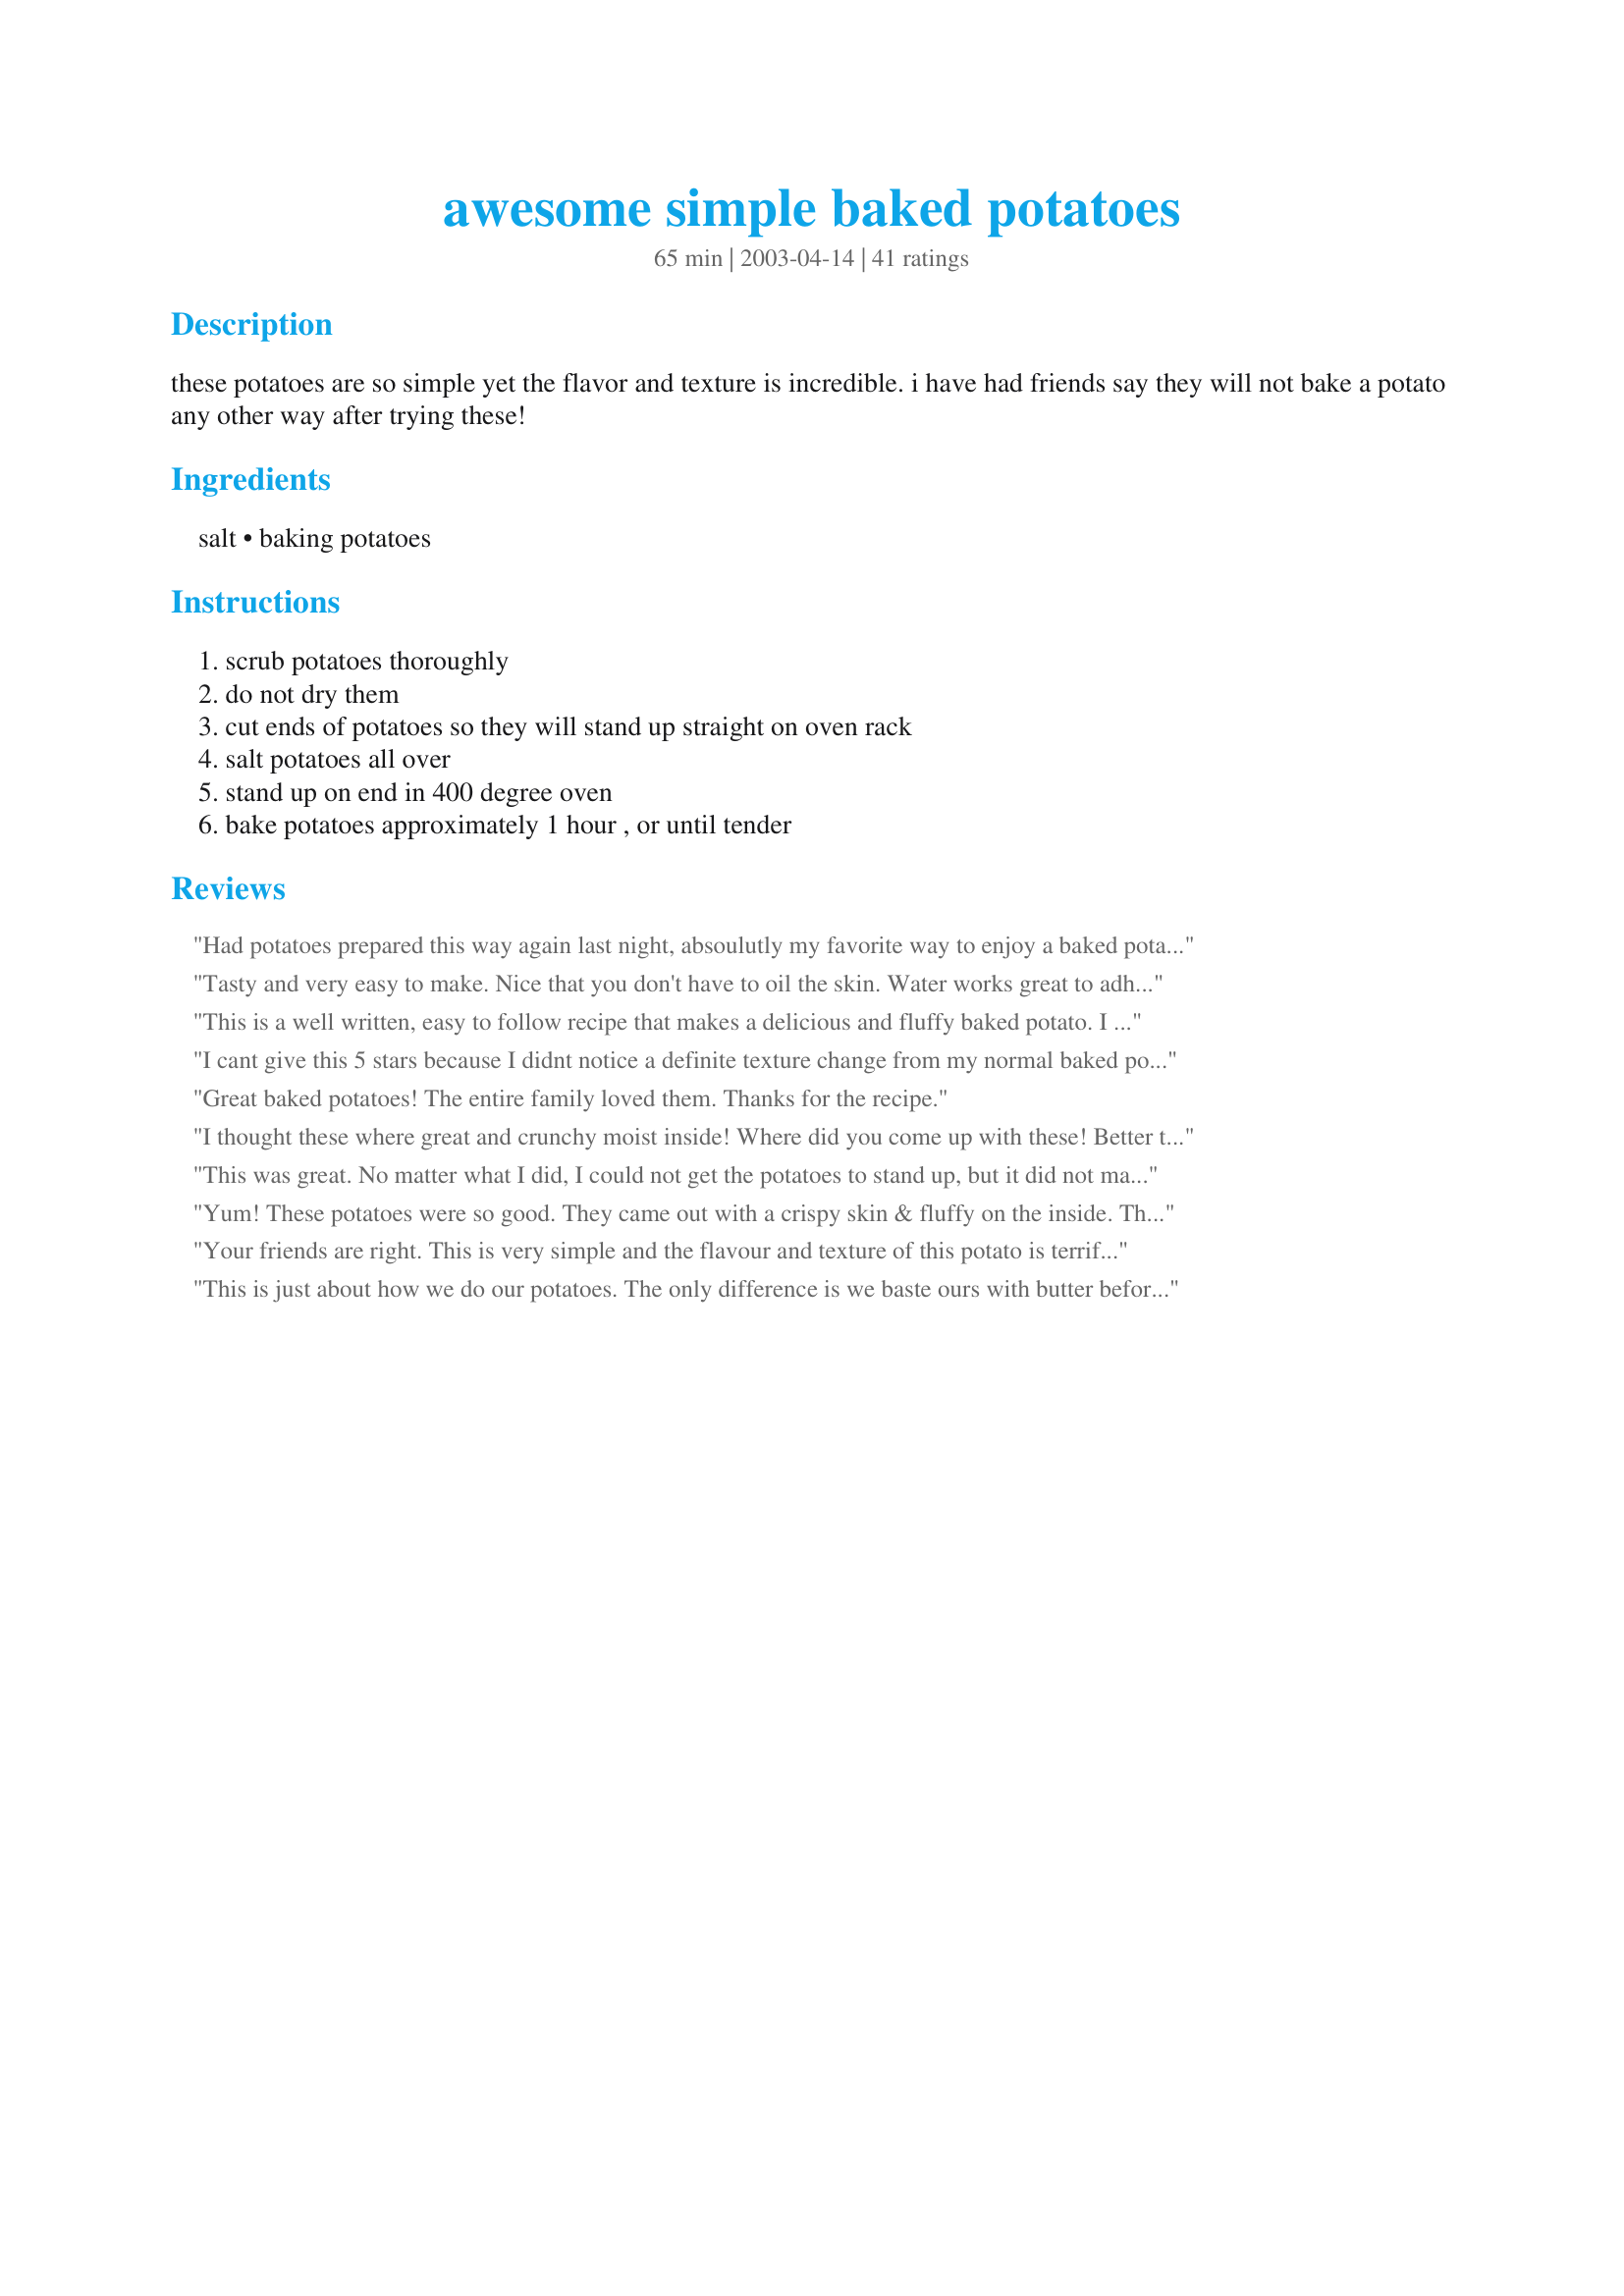
awesome simple baked potatoes
Preparation time: 65 minutes

these potatoes are so simple yet the flavor and texture is incredible. i have had friends say they will not bake a potato any other way after trying these!

Ingredients:
salt, baking potatoes

Steps:
scrub potatoes thoroughly, do not dry them, cut ends of potatoes so they will stand up straight on oven rack, salt potatoes all over, stand up on end in 400 degree oven, bake potatoes approximately 1 hour , or until tender

Reviews:
Had potatoes prepared this way again last night, absoulutly my favorite way to enjoy a baked potato! Thanks for posting this fab recipe!!!
Tasty and very easy to make. Nice that you don't have to oil the skin. Water works great to adhere the salt.
This is a well written, easy to follow recipe that makes a delicious and fluffy baked potato. I served it with baked potato topping recipe #63887 and a big salad. This was excellent and no trouble at all so I will be making this over and over. Thanks for sharing your recipe with us wildhorse!
I cant give this 5 stars because I didnt notice a definite texture change from my normal baked potatoes. I used what I thought were medium baking potatoes and they all stood up beautifully on my oven rack. Then when I went to pull them out they were all laying down. I was a little bit disappointed at that and will try to make them again using larger potatoes and watching them more carefully. Nevertheless, a great tasting potato. I look forward to trying again, hopefully with different results. Thanks, Wildhorse!
Great baked potatoes! The entire family loved them. Thanks for the recipe.
I thought these where 
great and crunchy moist inside! Where did you come up with these! Better than the ones that we've been eating in foil forever! I didn't think they were salty,maybe most of the salt fell off! I'll be making these from now on.Thanks!
This was great. No matter what I did, I could not get the potatoes to stand up, but it did not matter--these are some fantastic, restaurant quality potatoes. Thanks, wildhorse.
Yum! These potatoes were so good. They came out with a crispy skin & fluffy on the inside. This is the way I'll be making baked potatoes from now on. Thanks.
Your friends are right. This is very simple and the flavour and texture of this potato is terrific. I love a crusty, crunchy outter skin and this filled the bill. The salty taste just enhanced the veggie. Thanks for posting wildhorse.
This is just about how we do our potatoes. The only difference is we baste ours with butter before adding the salt. We've also used kosher with great results. I receive compliments every time these our served.
I have made these a couple of times now, and they are fantastic! It's so simple to just pop them in the oven and come back and hour later to perfect baked potatoes! I made a couple for my husband while he was sick and he really liked them. Thanks!
We use this way all the time now.
These potatoes have come out perfectly several times now! I too like using sea salt. This will definitely be my way of baking potatoes from now on. Thanks!
Skeptical? Yes, but I'm a believer now! My family thought those taters looked mighty strange standing at attention like that in the oven, but the first fluffy bite sold them on the method. They even ate the skins this time with the salty crust. Perfection! Thanks wildhorse.
Very easy to make and my family liked them very much. Thanks for the recipe, wildhorse!
Awesome is it! So crisp on the outside, light and fluffy on the inside! Yet so simple! Thank you!
Wow! These tasted just like the potatoes from the Keg Restaurant - amazing! They were very easy to make and very tasty - this is how I will make my baked potatoes from now on.
I loved these potatoes! My kids don't eat the skins, so I cut off the skins with some potato left and made them into potato skins! The best potato skins I've ever made! Thank you!!!
Okay, now I'm going to have to try roasting potatoes without standing them up and salting them to compare because it's been FOREVER since I've done baked potatoes without butter and foil. These were really good -- and so maybe I won't bother messing with a good thing!!
You could just rub the salt off the potatoes before serving. I do that because I always eat the skins.
Nice and soft. Not too special and had somewhat of a difficult time standing them up.
These were great. Who knew that the secret to a great baked potato was to stand it on it's end. This will be the only way I do baked potatoes from now on. Thanks.
Very interesting method. Potatoes ended up tender and delicious. I used Kosher salt. Will bake my potatoes like this from now on!! Thanks for the keeper wildhorse!
These were tasty baked potatoes, but I didn't find them that different than a 'regular' potato baked at high heat. They were slightly too salty for me but I used an unsalted butter inside and it sort of balanced out. I really liked the texture of the potato- far superior to one prepared in the microwave. Thanks!
Sold! I will never make baked potatoes another way. I always eat the skin and this was the best skin and the fluffiest potatoe! Thanks!
A very easy and tasty way to make a baked potato. This is my third time making potatoes this way... I couldn't believe I had not reviewed the recipe until now! I will never bake a potato any other way now. The salt crisps up the skin beautifully and adds just the right amount of saltiness if you eat it with the yummy fluffy potato!!! Thanks so much for sharing!
I used freshly ground sea salt over the potatoes. These were absolutely perfect! The only way I'll bake potatoes from now on! Thanks so much for posting!
I love oven baked potatoes, they are so much more flaverful then microwaved ones. I tried this, but preferred my usual oven baked way (rub skins with oil, then bake) because I am one who likes to also eat the skins, and the excess salt on the skins with this recipe made that not an option. I think the Keg rolls the skins in parmesan when they take them out of oven.
But if you don't eat the skins this would work for you.
Fantastic! Tried this for the first time last night for friends visiting from out of town - and those potato lovers were not disappointed! No one left a bit of potato on their plate, not even the kids - ate skins & all. De-Lish! I used huge russet bakers, rubbed with some olive oil & sprinkled a little sea salt, baked as directed and they were perfect. Coming from a person who has only used those microwave bakers, this is saying a lot!
I have had this recipe saved to try for a while, and finally got around to it last night. Made it with Recipe #111702 . Did not make any changes at all, except to only make 2 potatoes instead of 4. I agree that the insides are very moist, and the outside gets nice and crisp. Thanks for sharing!
For a newbie cook, this was just the recipe I needed! Thanks!
I pretty much echo the other reviewers here, these were awesome baked potatoes!! Crispy skins and fluffy inside. I too did as Pamela In Winnipeg and prepared recipe#63887 "Baked Potato Topping" by lucy k. to spread on top of these and they were sooooo YUMMY! I do eat the skins and "may" follow your advice for rubbing some of the salt off before eating, as I found the odd bite to be just 'slightly' too salty, not that bad really, so I would not rub it all off. Thanks so much for these, they will be a keeper around here!! Excellent on their own I'm sure or give them a try with Lucy k.'s topping, we really enjoyed them together!!
Exactly what I was looking for. I served my baked potatoes with shredded cheese, broccoli, and a few pieces of chopped up bacon. The cheese was low fat, so it made a nice filling meal. You could pair it with a salad or soup. Next time I may add some chopped grilled chicken.
This is great! Made these tonight for my family and they loved them! I've always had trouble making perfect baked potatoes... This recipe has definitely fixed that for me. Thanks for another great addition to my recipe repertoire!! :-)
Awesome! I have made these 2x's now and really like them. I make several extras just for the purpose of leftovers. TY for an easy and delicious recipe!!!
Great idea! Thanks for the easy way to make fluffy baked potatoes! I served Baked Potato Topping recipe#63887 for a great side dish! I look forward to making these again, thanks!
Couldn't get much easier than this! They were super easy and tasted great!! Thanks for the post!
Had a hard time keeping them up on the rack but who cares, these came out perfect. I also wiped the salt off before serving and used the potato topping previously mentioned. Thanks for the perfect way to make baked potatoes!
Awesome says it all! How can something this simple turn out such great baked potatoes?The potatoes were fluffy inside and altough there was salt on the skin it did not make the potatoe taste salty. I served these with a boiled ham, sweetpotatoes with apples and asparagus - oven roasted. All agreed that the potatoes are 5 star all the way Thanks wildhorse I'll be doing my baked potatyoes like this from now on
8 Oct added comments
 I just love the way these potatoes turn out. I just had to say thanks again for this simple but excellent way of roasting poyatoes
I'll rate this 5 stars. Have been trying to duplicate what restaurants serve. This is it. Thanks for posting. Toni in Colorado
I've made this recipe twice now and enjoyed it so much both times! I must admit, I have no idea why we are standing them on one end or what effect that has, but I enjoy the results so much that I'm just going to keep doing it. There was an alarming loud thud at one point during baking the second time I made the potatoes, but that turned out to be one of the potatoes falling over. It got too soft on the end it was standing on, so for the last ten minutes or so of the baking time, it was horizontal instead of vertical, but it tasted just like all the others, so there was no harm done. I haven't been tempted to try another method of baking potatoes since I tried this one. It's great!
